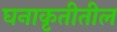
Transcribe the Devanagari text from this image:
घनाकृतीतील